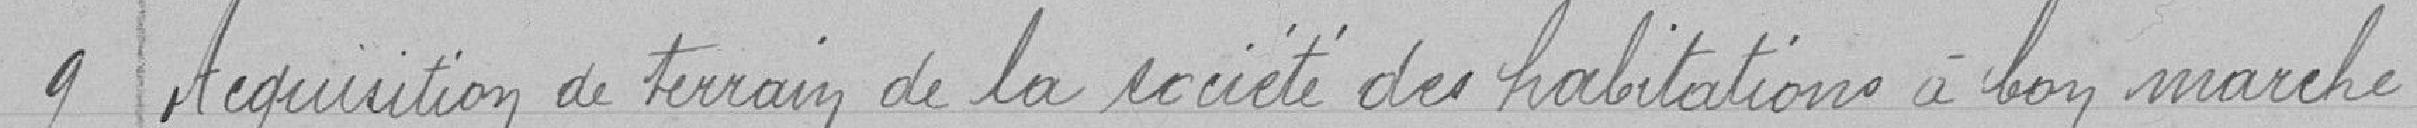
9 Acquisition de terrain de société des habitations à bon marché